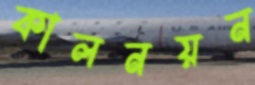
কালনয়ন